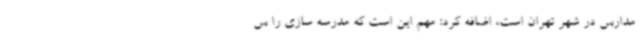
مدارس در شهر تهران است، اضافه کرد: مهم این است که مدرسه سازی را س